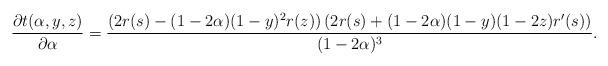
LaTeX: \begin{align*}\frac{\partial{t(\alpha,y,z)}}{\partial \alpha}=\frac{\left(2r(s)-(1-2\alpha)(1-y)^2r(z)\right)\left(2r(s)+(1-2\alpha)(1-y)(1-2z)r^\prime(s)\right)}{(1-2\alpha)^3}.\end{align*}